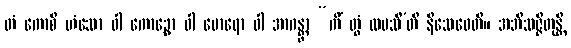
တံ ကောစိ ဟံသော ဝါ ကောဉ္စော ဝါ မောရော ဝါ အာဂန္တွာ “ကိံ တွံ လပသီ’တိ နိသေဓေတိ။ အဘိသဇ္ဇိတုန္တိ